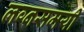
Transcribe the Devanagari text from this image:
लग्नसमयी